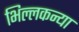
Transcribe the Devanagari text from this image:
भिल्लकन्या